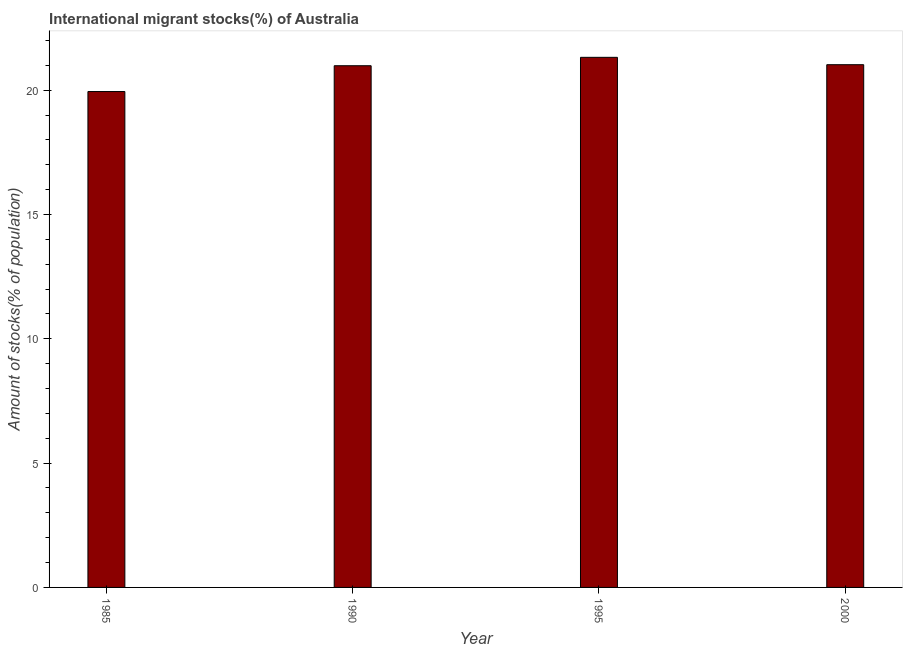
| Year | International migrant stock |
 | --- | --- |
 | 1985 | 19.9 |
 | 1990 | 21 |
 | 1995 | 21.3 |
 | 2000 | 21 |